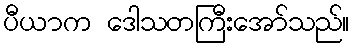
ပီယာက ဒေါသတကြီးအော်သည်။